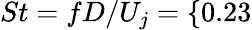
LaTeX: St=fD/U_{j}=\{ 0.23